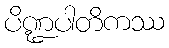
ပိဏ္ဍပါတိကဿ